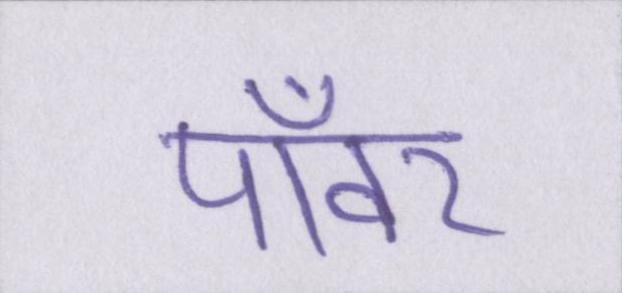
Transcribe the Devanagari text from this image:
पॉवर